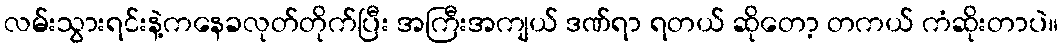
လမ်းသွားရင်းနဲ့ကနေခလုတ်တိုက်ပြီး အကြီးအကျယ် ဒဏ်ရာ ရတယ် ဆိုတော့ တကယ် ကံဆိုးတာပဲ။